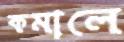
কমালে